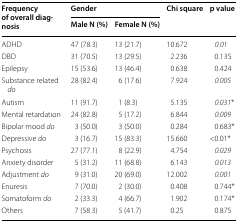
| <ROWSPAN=2> Frequency of overall diagnosis | <COLSPAN=2> Gender | <ROWSPAN=2> Chi square | <ROWSPAN=2> p value |
 | Male N (%) | Female N (%) |
 | --- | --- | --- | --- | --- |
 | ADHD | 47 (78.3) | 13 (21.7) | 10.672 | 0.01 |
 | DBD | 31 (70.5) | 13 (29.5) | 2.236 | 0.135 |
 | Epilepsy | 15 (53.6) | 13 (46.4) | 0.638 | 0.424 |
 | Substance related do | 28 (82.4) | 6 (17.6) | 7.924 | 0.005 |
 | Autism | 11 (91.7) | 1 (8.3) | 5.135 | 0.031* |
 | Mental retardation | 24 (82.8) | 5 (17.2) | 6.844 | 0.009 |
 | Bipolar mood do | 3 (50.0) | 3 (50.0) | 0.284 | 0.683* |
 | Depressive do | 3 (16.7) | 15 (83.3) | 15.660 | <0.01* |
 | Psychosis | 27 (77.1) | 8 (22.9) | 4.754 | 0.029 |
 | Anxiety disorder | 5 (31.2) | 11 (68.8) | 6.143 | 0.013 |
 | Adjustment do | 9 (31.0) | 20 (69.0) | 12.002 | 0.001 |
 | Enuresis | 7 (70.0) | 2 (30.0) | 0.408 | 0.744* |
 | Somatoform do | 2 (33.3) | 4 (66.7) | 1.902 | 0.174* |
 | Others | 7 (58.3) | 5 (41.7) | 0.25 | 0.875 |